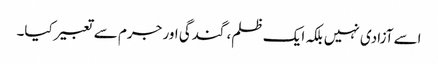
اسے آزادی نہیں بلکہ ایک ظلم، گندگی اور جرم سے تعبیرکیا۔